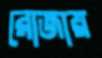
রোজায়